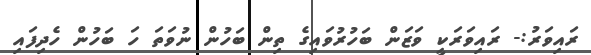
ރައިވަރު:- ރައިވަރަކީ ވަޒަން ބަހުރުވައިގެ ތިން ބަހުން ނުވަތަ ހަ ބަހުން ހެދިފައި